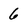
Character: 6